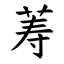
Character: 䓓